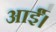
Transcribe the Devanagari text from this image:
आर्ई।